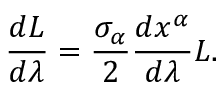
\frac { d L } { d \lambda } = \frac { \sigma _ { \alpha } } { 2 } \frac { d x ^ { \alpha } } { d \lambda } L .